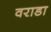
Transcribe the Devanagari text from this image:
वराडा